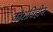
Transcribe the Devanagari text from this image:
कोशविहीन